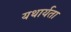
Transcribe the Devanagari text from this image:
यथार्यता